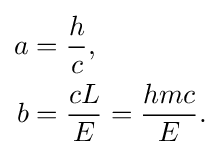
{\begin{aligned}a&={\frac {h}{c}},\\b&={\frac {cL}{E}}={\frac {hmc}{E}}.\end{aligned}}